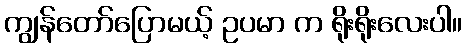
ကျွန်တော်ပြောမယ့် ဥပမာ က ရိုးရိုးလေးပါ။